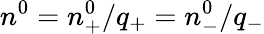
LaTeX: n^{0}=n_{+}^{0}/q_{+}=n_{-}^{0}/q_{-}